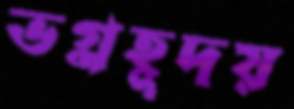
ভগ্নহূদয়